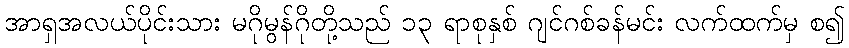
အာရှအလယ်ပိုင်းသား မဂိုမွန်ဂိုတို့သည် ၁၃ ရာစုနှစ် ဂျင်ဂစ်ခန်မင်း လက်ထက်မှ စ၍